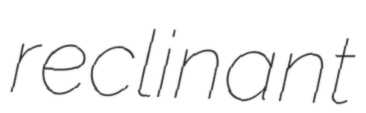
reclinant